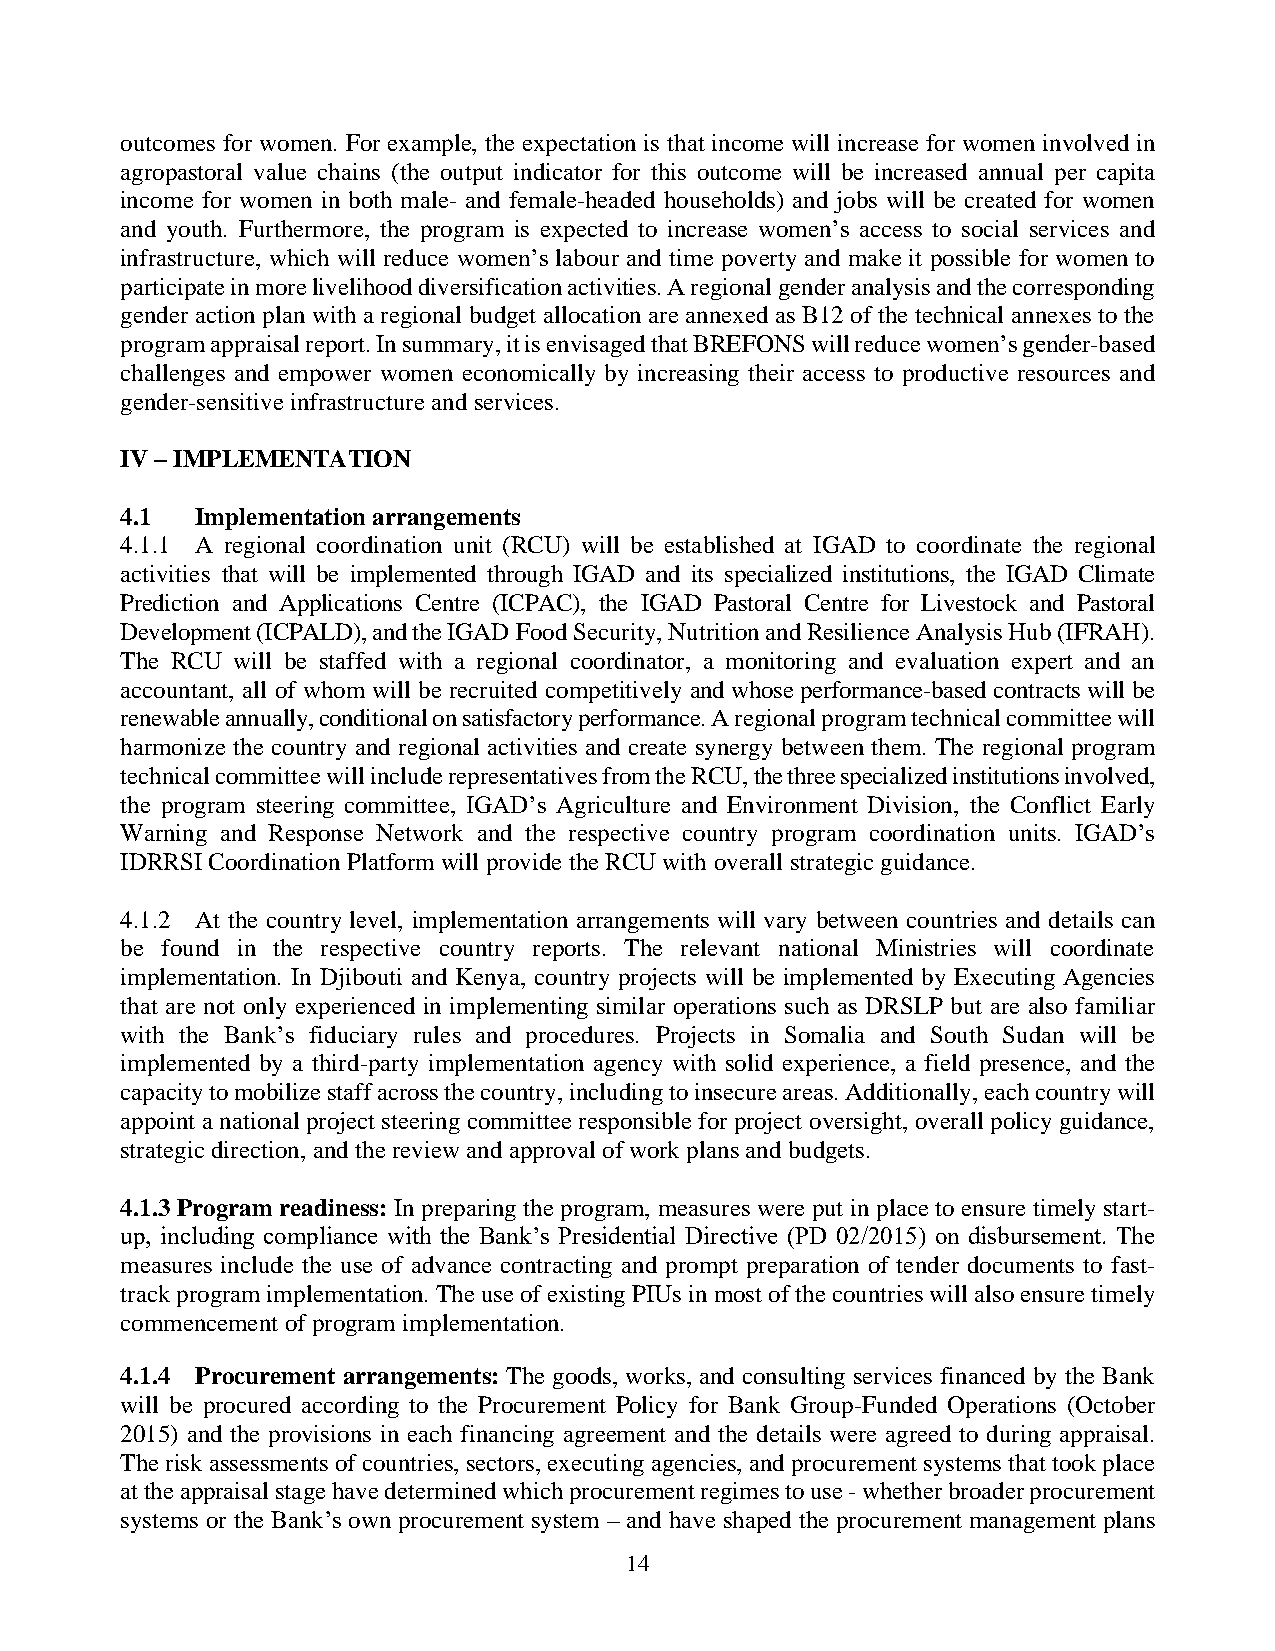
outcomes for women. For example, the expectation is that income will increase for women involved in
 agropastoral value chains (the output indicator for this outcome will be increased annual per capita
 income for women in both male- and female-headed households) and jobs will be created for women
 and youth. Furthermore, the program is expected to increase women’s access to social services and
 infrastructure, which will reduce women’s labour and time poverty and make it possible for women to
 participate in more livelihood diversification activities. A regional gender analysis and the corresponding
 gender action plan with a regional budget allocation are annexed as B12 of the technical annexes to the
 program appraisal report. In summary, it is envisaged that BREFONS will reduce women’s gender-based
 challenges and empower women economically by increasing their access to productive resources and
 gender-sensitive infrastructure and services.
 IV – IMPLEMENTATION
 4.1  Implementation arrangements
 4.1.1 A regional coordination unit (RCU) will be established at IGAD to coordinate the regional
 activities that will be implemented through IGAD and its specialized institutions, the IGAD Climate
 Prediction and Applications Centre (ICPAC), the IGAD Pastoral Centre for Livestock and Pastoral
 Development (ICPALD), and the IGAD Food Security, Nutrition and Resilience Analysis Hub (IFRAH).
 The RCU will be staffed with a regional coordinator, a monitoring and evaluation expert and an
 accountant, all of whom will be recruited competitively and whose performance-based contracts will be
 renewable annually, conditional on satisfactory performance. A regional program technical committee will
 harmonize the country and regional activities and create synergy between them. The regional program
 technical committee will include representatives from the RCU, the three specialized institutions involved,
 the program steering committee, IGAD’s Agriculture and Environment Division, the Conflict Early
 Warning and Response Network and the respective country program coordination units. IGAD’s
 IDRRSI Coordination Platform will provide the RCU with overall strategic guidance.
 4.1.2 At the country level, implementation arrangements will vary between countries and details can
 be found in the respective country reports. The relevant national Ministries will coordinate
 implementation. In Djibouti and Kenya, country projects will be implemented by Executing Agencies
 that are not only experienced in implementing similar operations such as DRSLP but are also familiar
 with the Bank’s fiduciary rules and procedures. Projects in Somalia and South Sudan will be
 implemented by a third-party implementation agency with solid experience, a field presence, and the
 capacity to mobilize staff across the country, including to insecure areas. Additionally, each country will
 appoint a national project steering committee responsible for project oversight, overall policy guidance,
 strategic direction, and the review and approval of work plans and budgets.
 4.1.3 Program readiness: In preparing the program, measures were put in place to ensure timely start-
 up, including compliance with the Bank’s Presidential Directive (PD 02/2015) on disbursement. The
 measures include the use of advance contracting and prompt preparation of tender documents to fast-
 track program implementation. The use of existing PIUs in most of the countries will also ensure timely
 commencement of program implementation.
 4.1.4 Procurement arrangements: The goods, works, and consulting services financed by the Bank
 will be procured according to the Procurement Policy for Bank Group-Funded Operations (October
 2015) and the provisions in each financing agreement and the details were agreed to during appraisal.
 The risk assessments of countries, sectors, executing agencies, and procurement systems that took place
 at the appraisal stage have determined which procurement regimes to use - whether broader procurement
 systems or the Bank’s own procurement system – and have shaped the procurement management plans
 14